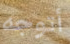
أتوجه